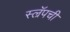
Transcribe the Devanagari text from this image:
स्ल्रॅपची